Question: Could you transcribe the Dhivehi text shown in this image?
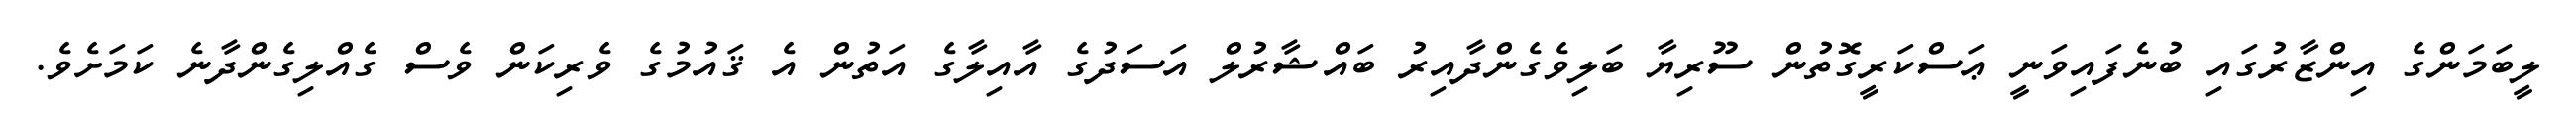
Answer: ލީބަމަންގެ އިންޒާރުގައި ބުނެފައިވަނީ ޢަސްކަރީގޮތުން ސޫރިޔާ ބަލިވެގެންދާއިރު ބައްޝާރުލް އަސަދުގެ އާއިލާގެ އަތުން އެ ޤައުމުގެ ވެރިކަން ވެސް ގެއްލިގެންދާނެ ކަމަށެވެ.